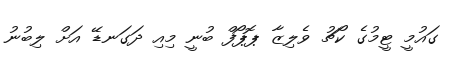
ގައުމީ ޓީމުގެ ކޯޗު ވެލިޒާ ޕޮޕޯފް ބުނީ މިއި ދަގަނޑޭ އަށް ލިބުނު